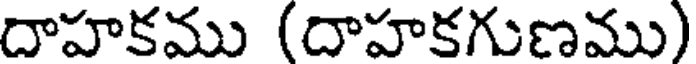
దాహకము (దాహకగుణము)